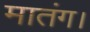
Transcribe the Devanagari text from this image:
मातंग।